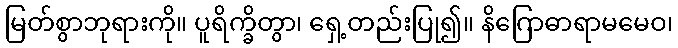
မြတ်စွာဘုရားကို။ ပူရိက္ခိတွာ၊ ရှေ့တည်းပြု၍။ နိဂြောဓာရာမမေဝ၊